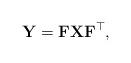
LaTeX: \begin{align*}\mathbf{Y} = \mathbf{FXF}^\top,\end{align*}